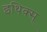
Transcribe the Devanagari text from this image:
इथिक्स्